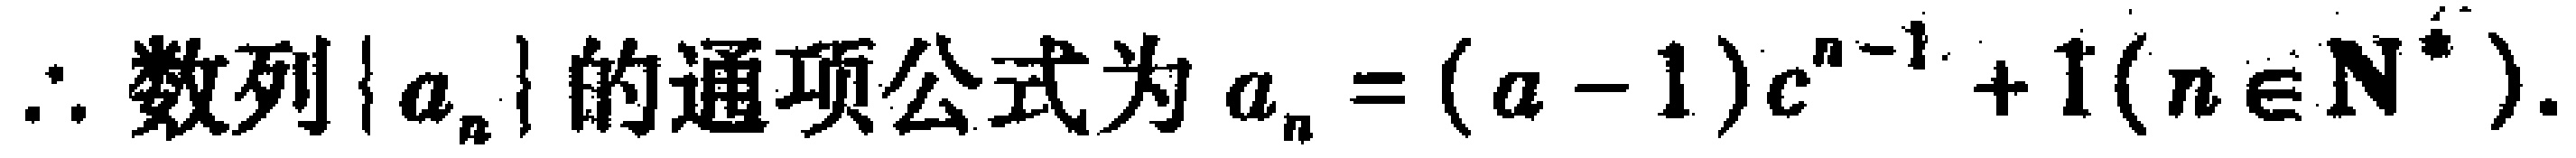
\(\therefore 数列\{a_{n}\}的通项公式为a_{n}=(a - 1)c^{n - 1}+1(n\in\mathbf{N}^{*}).\)